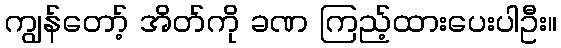
ကျွန်တော့် အိတ်ကို ခဏ ကြည့်ထားပေးပါဦး။